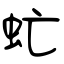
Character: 虻